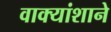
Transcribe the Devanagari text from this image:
वाक्यांशाने